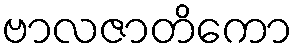
ဗာလဇာတိကော